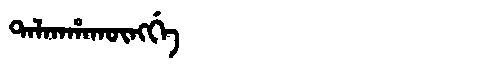
Manchu: ᡨᠠᠯᡴᠠᡥᠠᡴᡡᠩᡤᡝ
Romanization: TALKAHAKŪNGGE